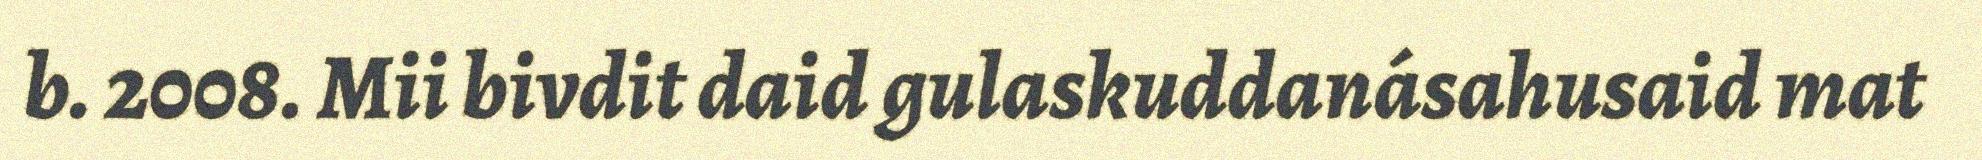
b. 2008. Mii bivdit daid gulaskuddanásahusaid mat